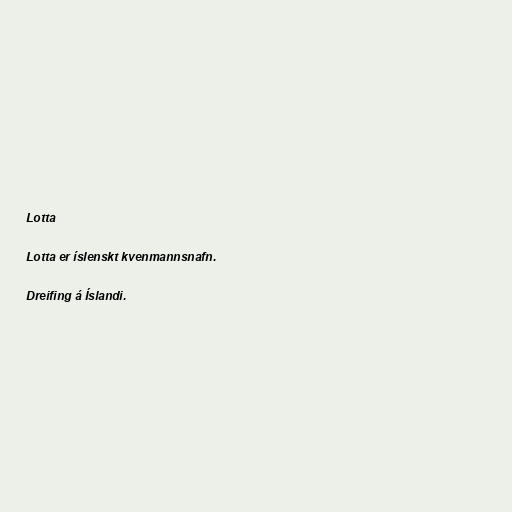
Lotta

Lotta er íslenskt kvenmannsnafn.

Dreifing á Íslandi.